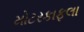
મોટરકાફલા